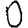
Digit: 0